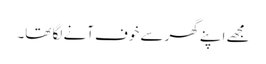
مجھے اپنے گھر سے خوف آنے لگا تھا۔